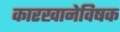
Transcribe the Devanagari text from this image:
कारखानेविषक